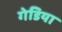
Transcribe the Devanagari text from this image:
गेडिया